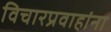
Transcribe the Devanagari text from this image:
विचारप्रवाहांना